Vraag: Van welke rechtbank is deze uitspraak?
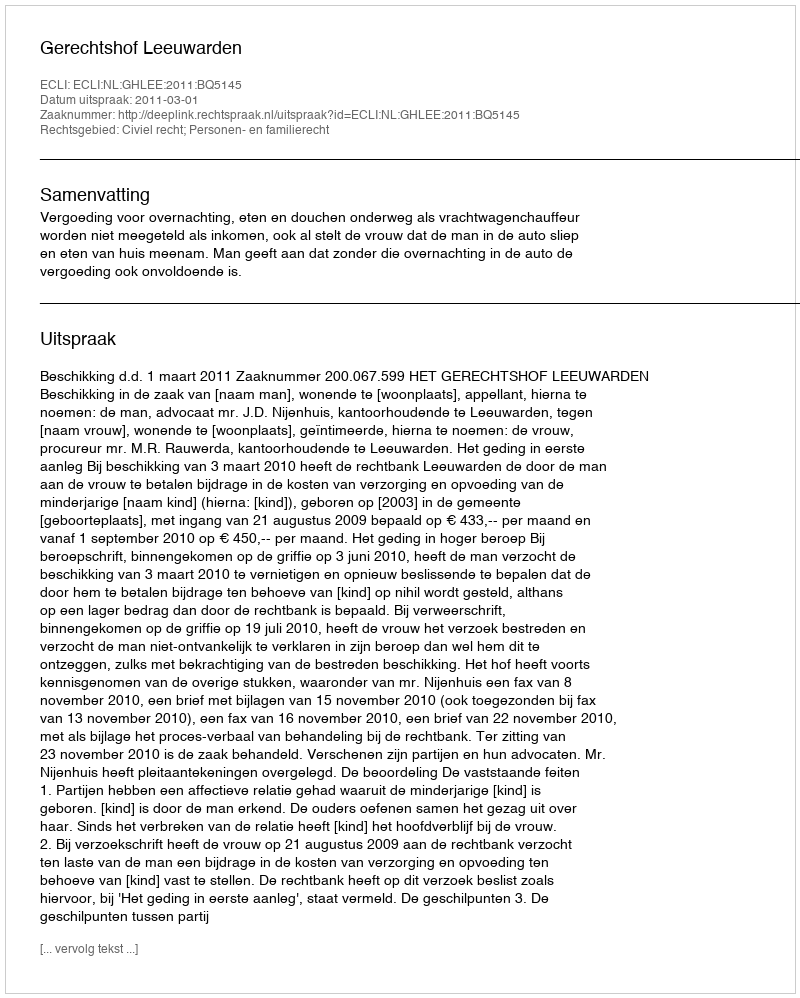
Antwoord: Gerechtshof Leeuwarden